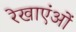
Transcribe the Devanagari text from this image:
रेखाएंओं